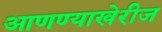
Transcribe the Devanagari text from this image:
आणण्याखेरीज